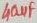
Text: 40µF